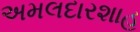
અમલદારશાહ